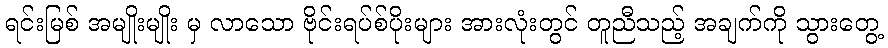
ရင်းမြစ် အမျိုးမျိုး မှ လာသော ဗိုင်းရပ်စ်ပိုးများ အားလုံးတွင် တူညီသည့် အချက်ကို သွားတွေ့